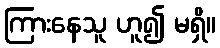
ကြားနေသူ ဟူ၍ မရှိ။